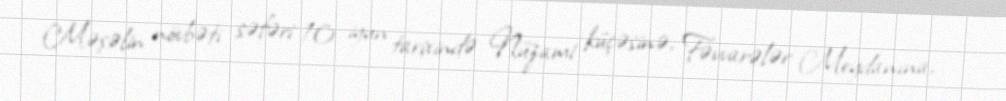
Məşəlin növbəti səfəri 10 iyun tarixində Nüzami küçəsinə, Fəvvarələr Meydanına,